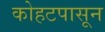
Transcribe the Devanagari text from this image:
कोहटपासून